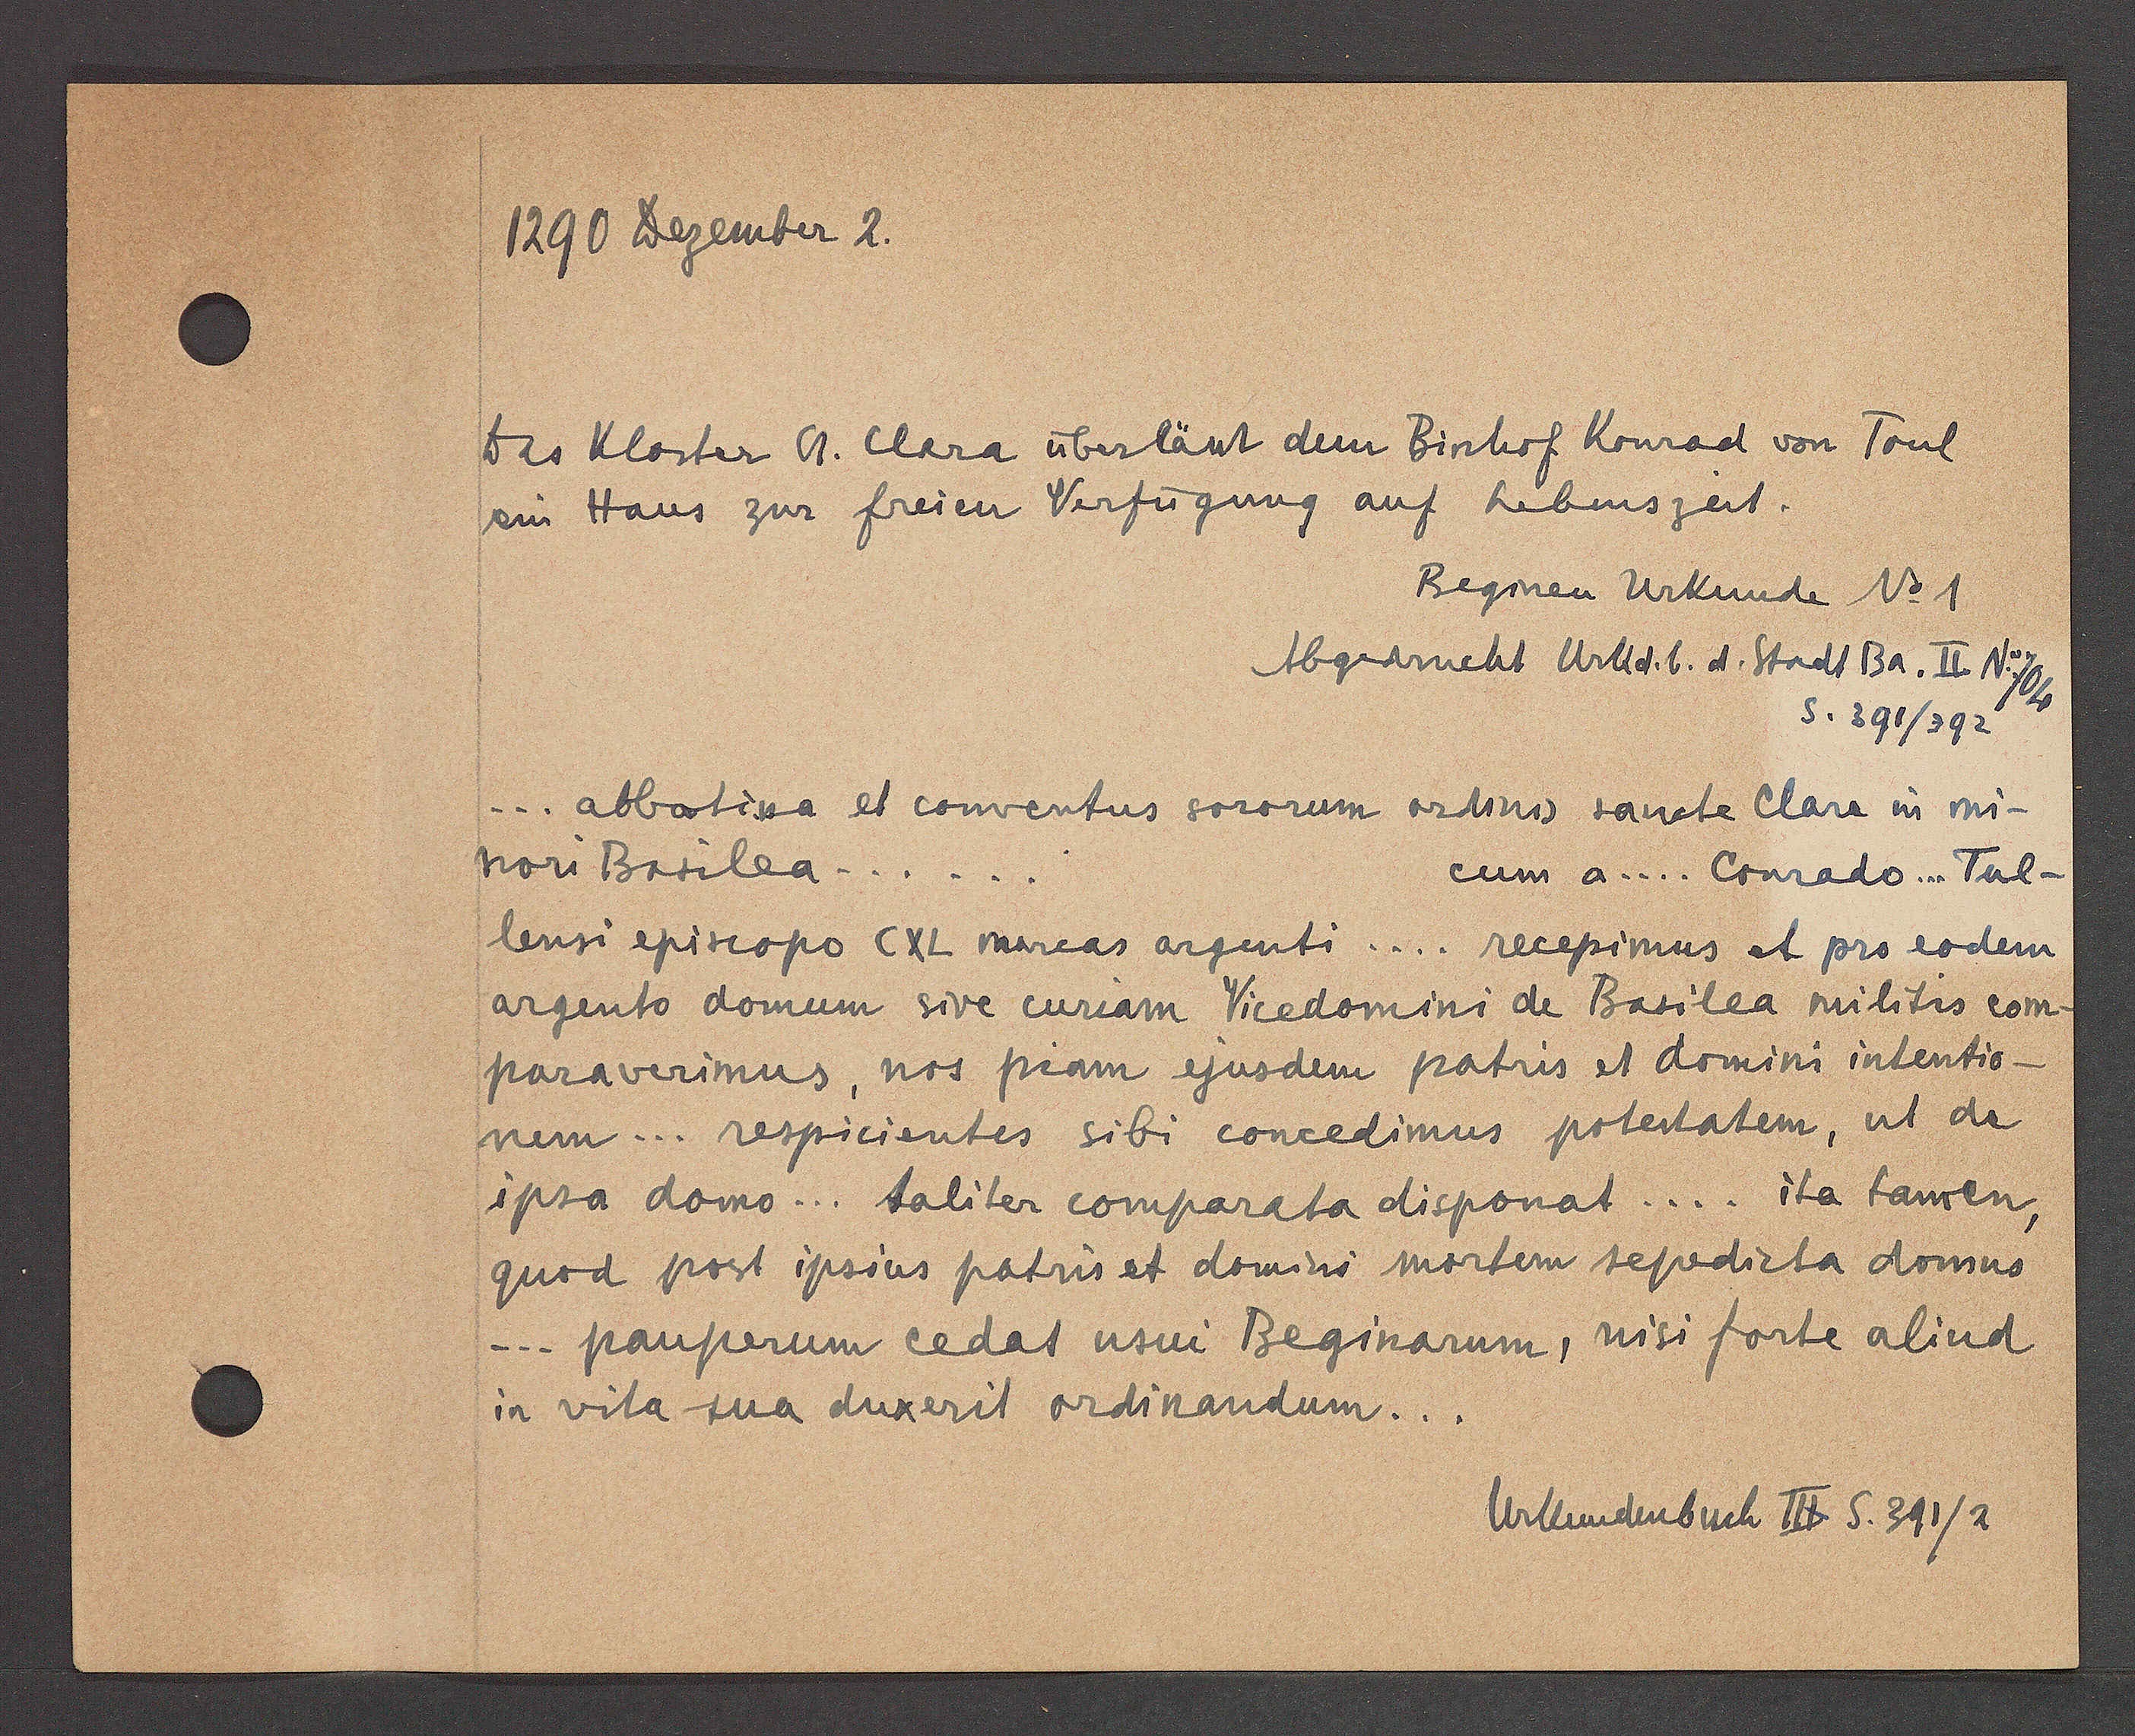
Transcript:
1290 Dezember 2.

Des Kloster St. Clara überlässt dem Bischof Konrad von Toul
ein Haus zur freien Verfügung auf Lebenszeit.
Beginen Urkunde No 1
Abgadruckt Urkd. b. d. Stadt Ba. II No 704
S. 391/392
abbotissa et conventus sororum ordinis sancte Clare in mi-
nori Basilea....
cum a ... Conrado. Tul-
lensi episcopo CXL marcas argenti... recepimus et pro eodem
argento domum sive curiam Vicedomini de Basilea militis com-
paraverimus, nos piam ejusdem patris et domini intentio-
nem... respicientes sibi concedimus potestatem, ut de
ipsa domo... taliter comparata disponat ... ita tamen
quod post ipsius patris et domini mortem sepedicta domus
... pauperum cedat usui Beginarum, nisi forte aliud
in vita sua duxerit ordinandum...

Urkundenbuch III S. 391/2